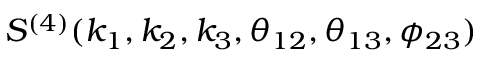
S ^ { ( 4 ) } ( k _ { 1 } , k _ { 2 } , k _ { 3 } , \theta _ { 1 2 } , \theta _ { 1 3 } , \phi _ { 2 3 } )